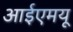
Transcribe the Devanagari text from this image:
आईएमयू